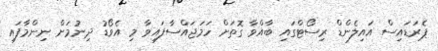
ޕެރަޑައިސް އައިލެންޑް ރިސޯޓްގައި ބާއްވާ ގޮތަށް ހަމަޖައްސާފައިވާ މި އެވޯޑު ދިނުމަށް ނިންމާފައި